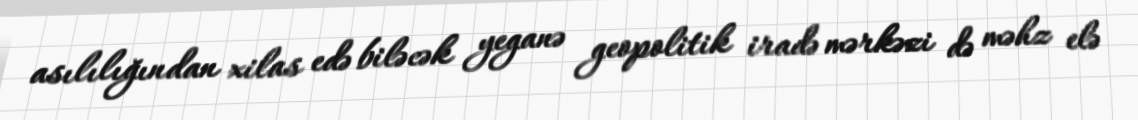
asılılığından xilas edə biləcək yeganə geopolitik iradə mərkəzi də məhz elə